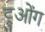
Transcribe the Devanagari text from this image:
ट्रुओंग